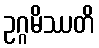
ဥဂ္ဂမိဿတိ